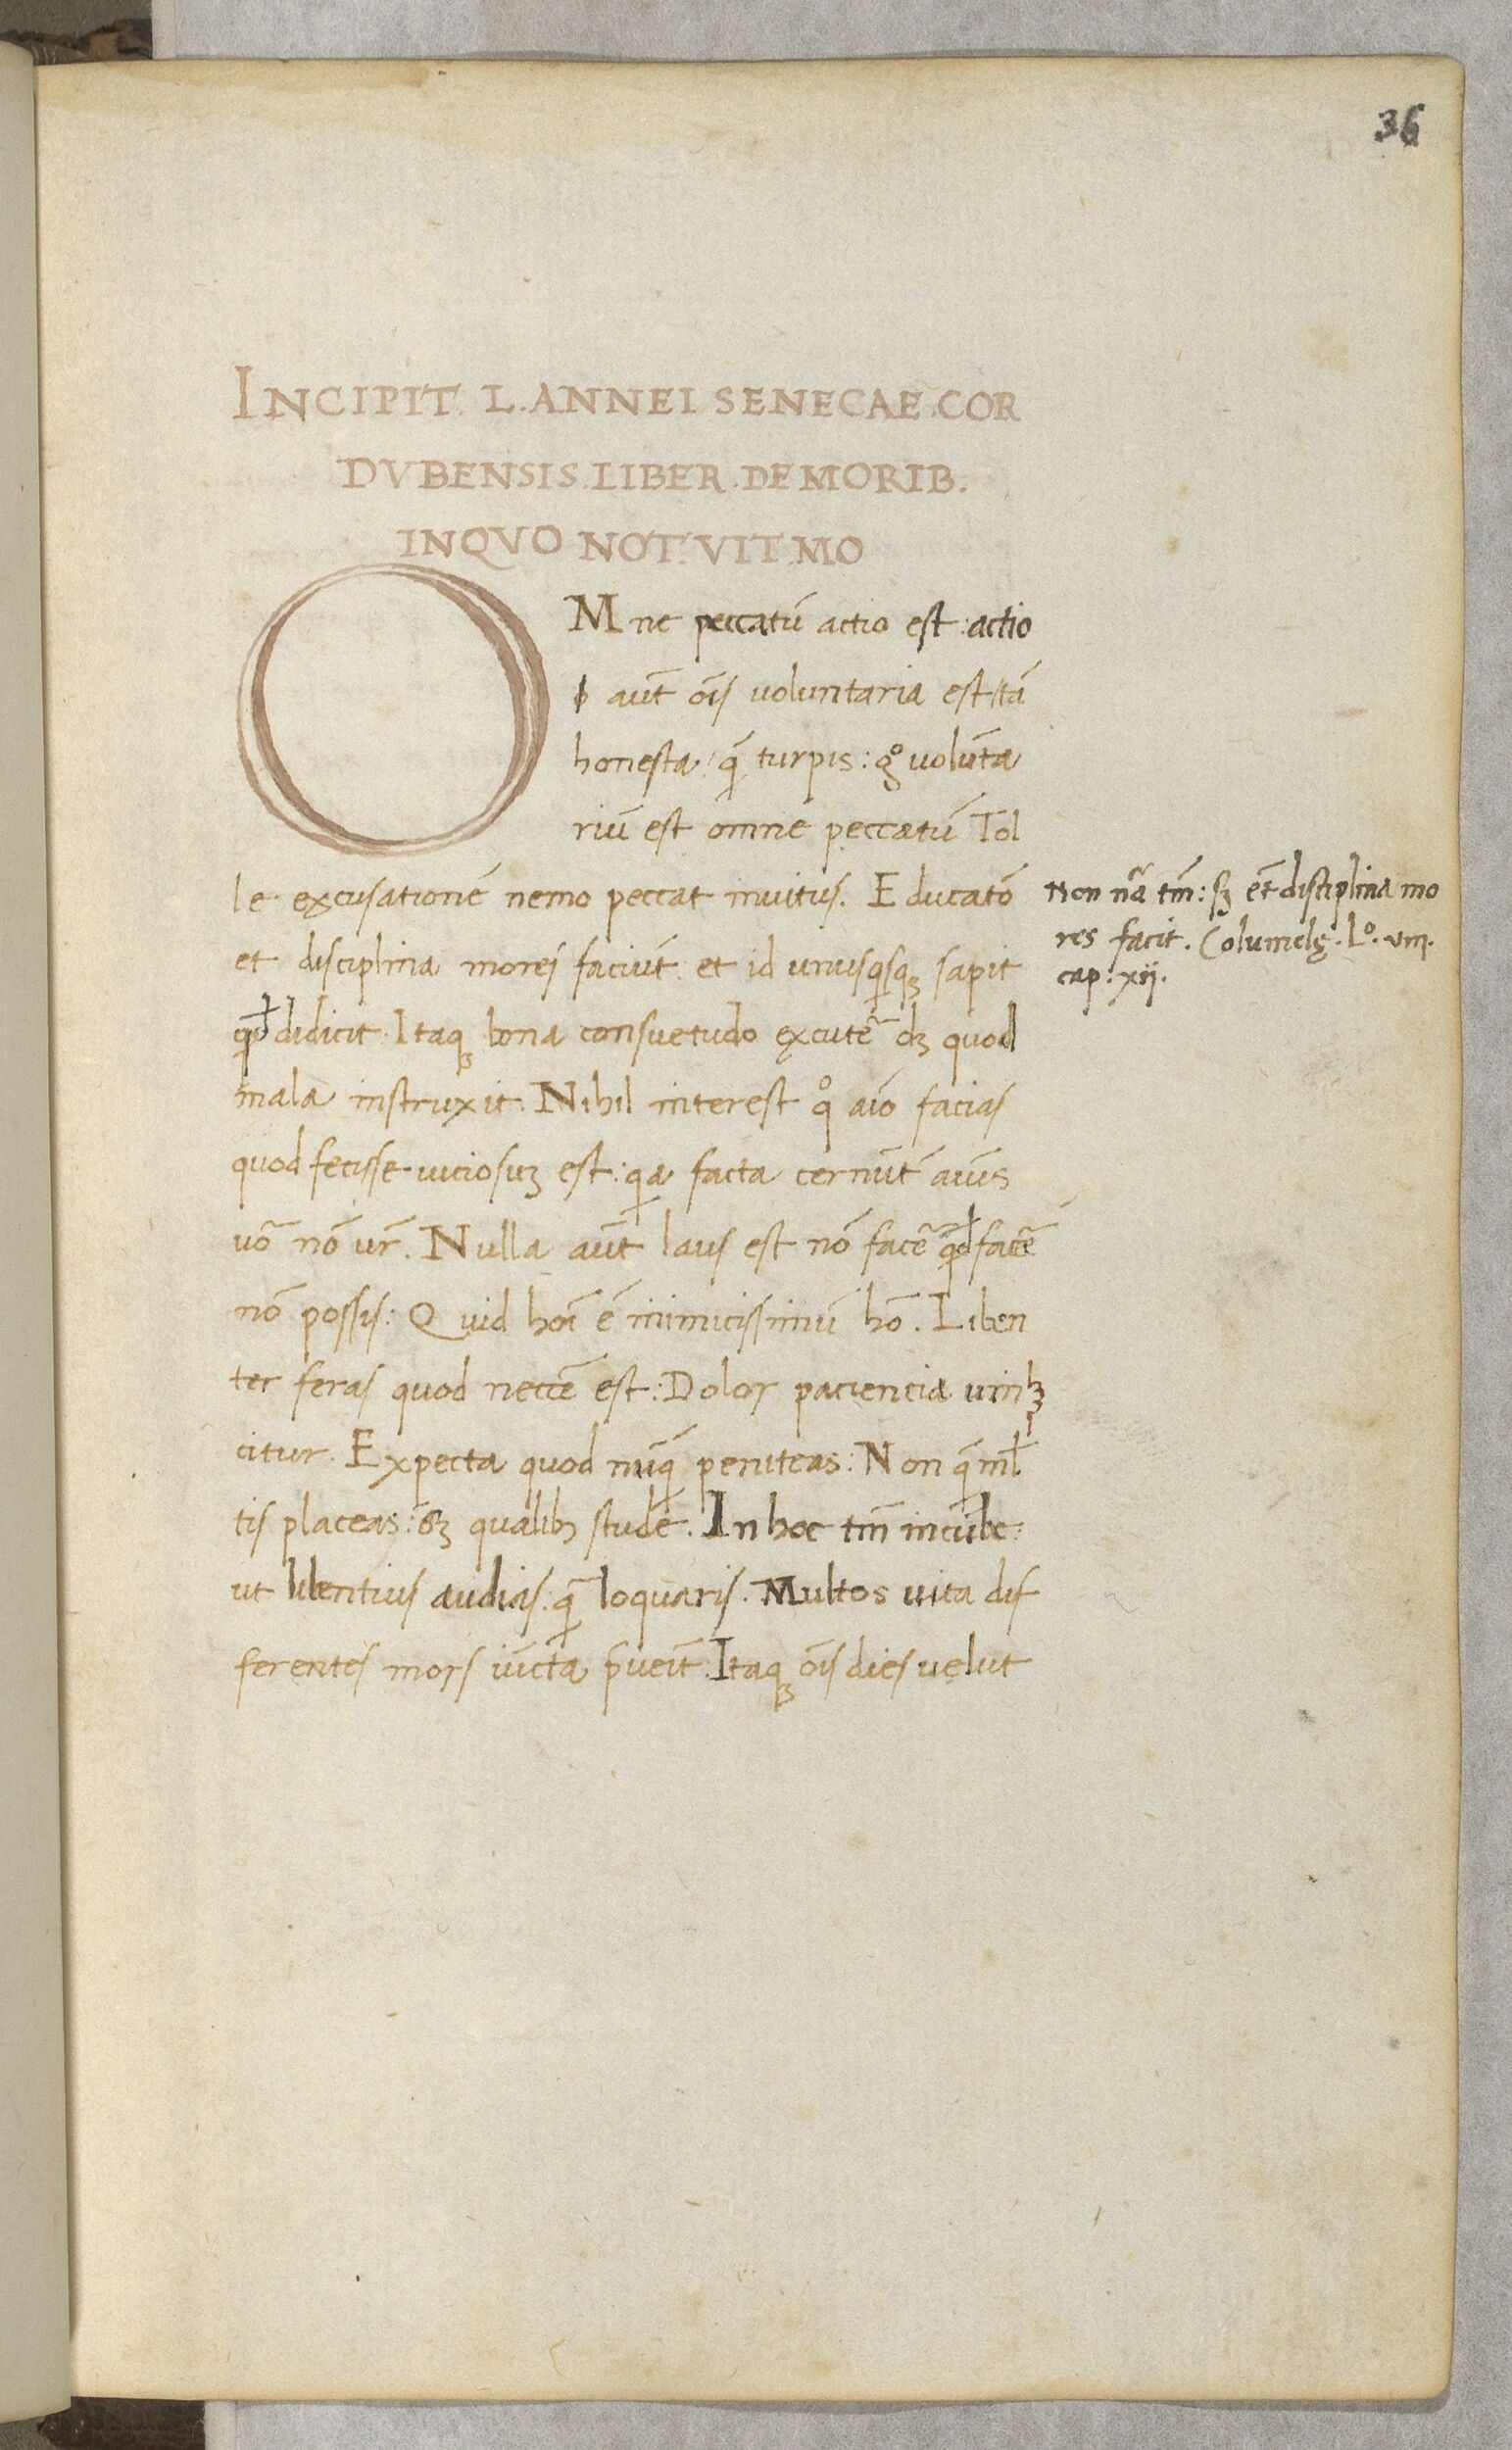
Shelfmark: Paris, BnF, NAL 632
Century: 15